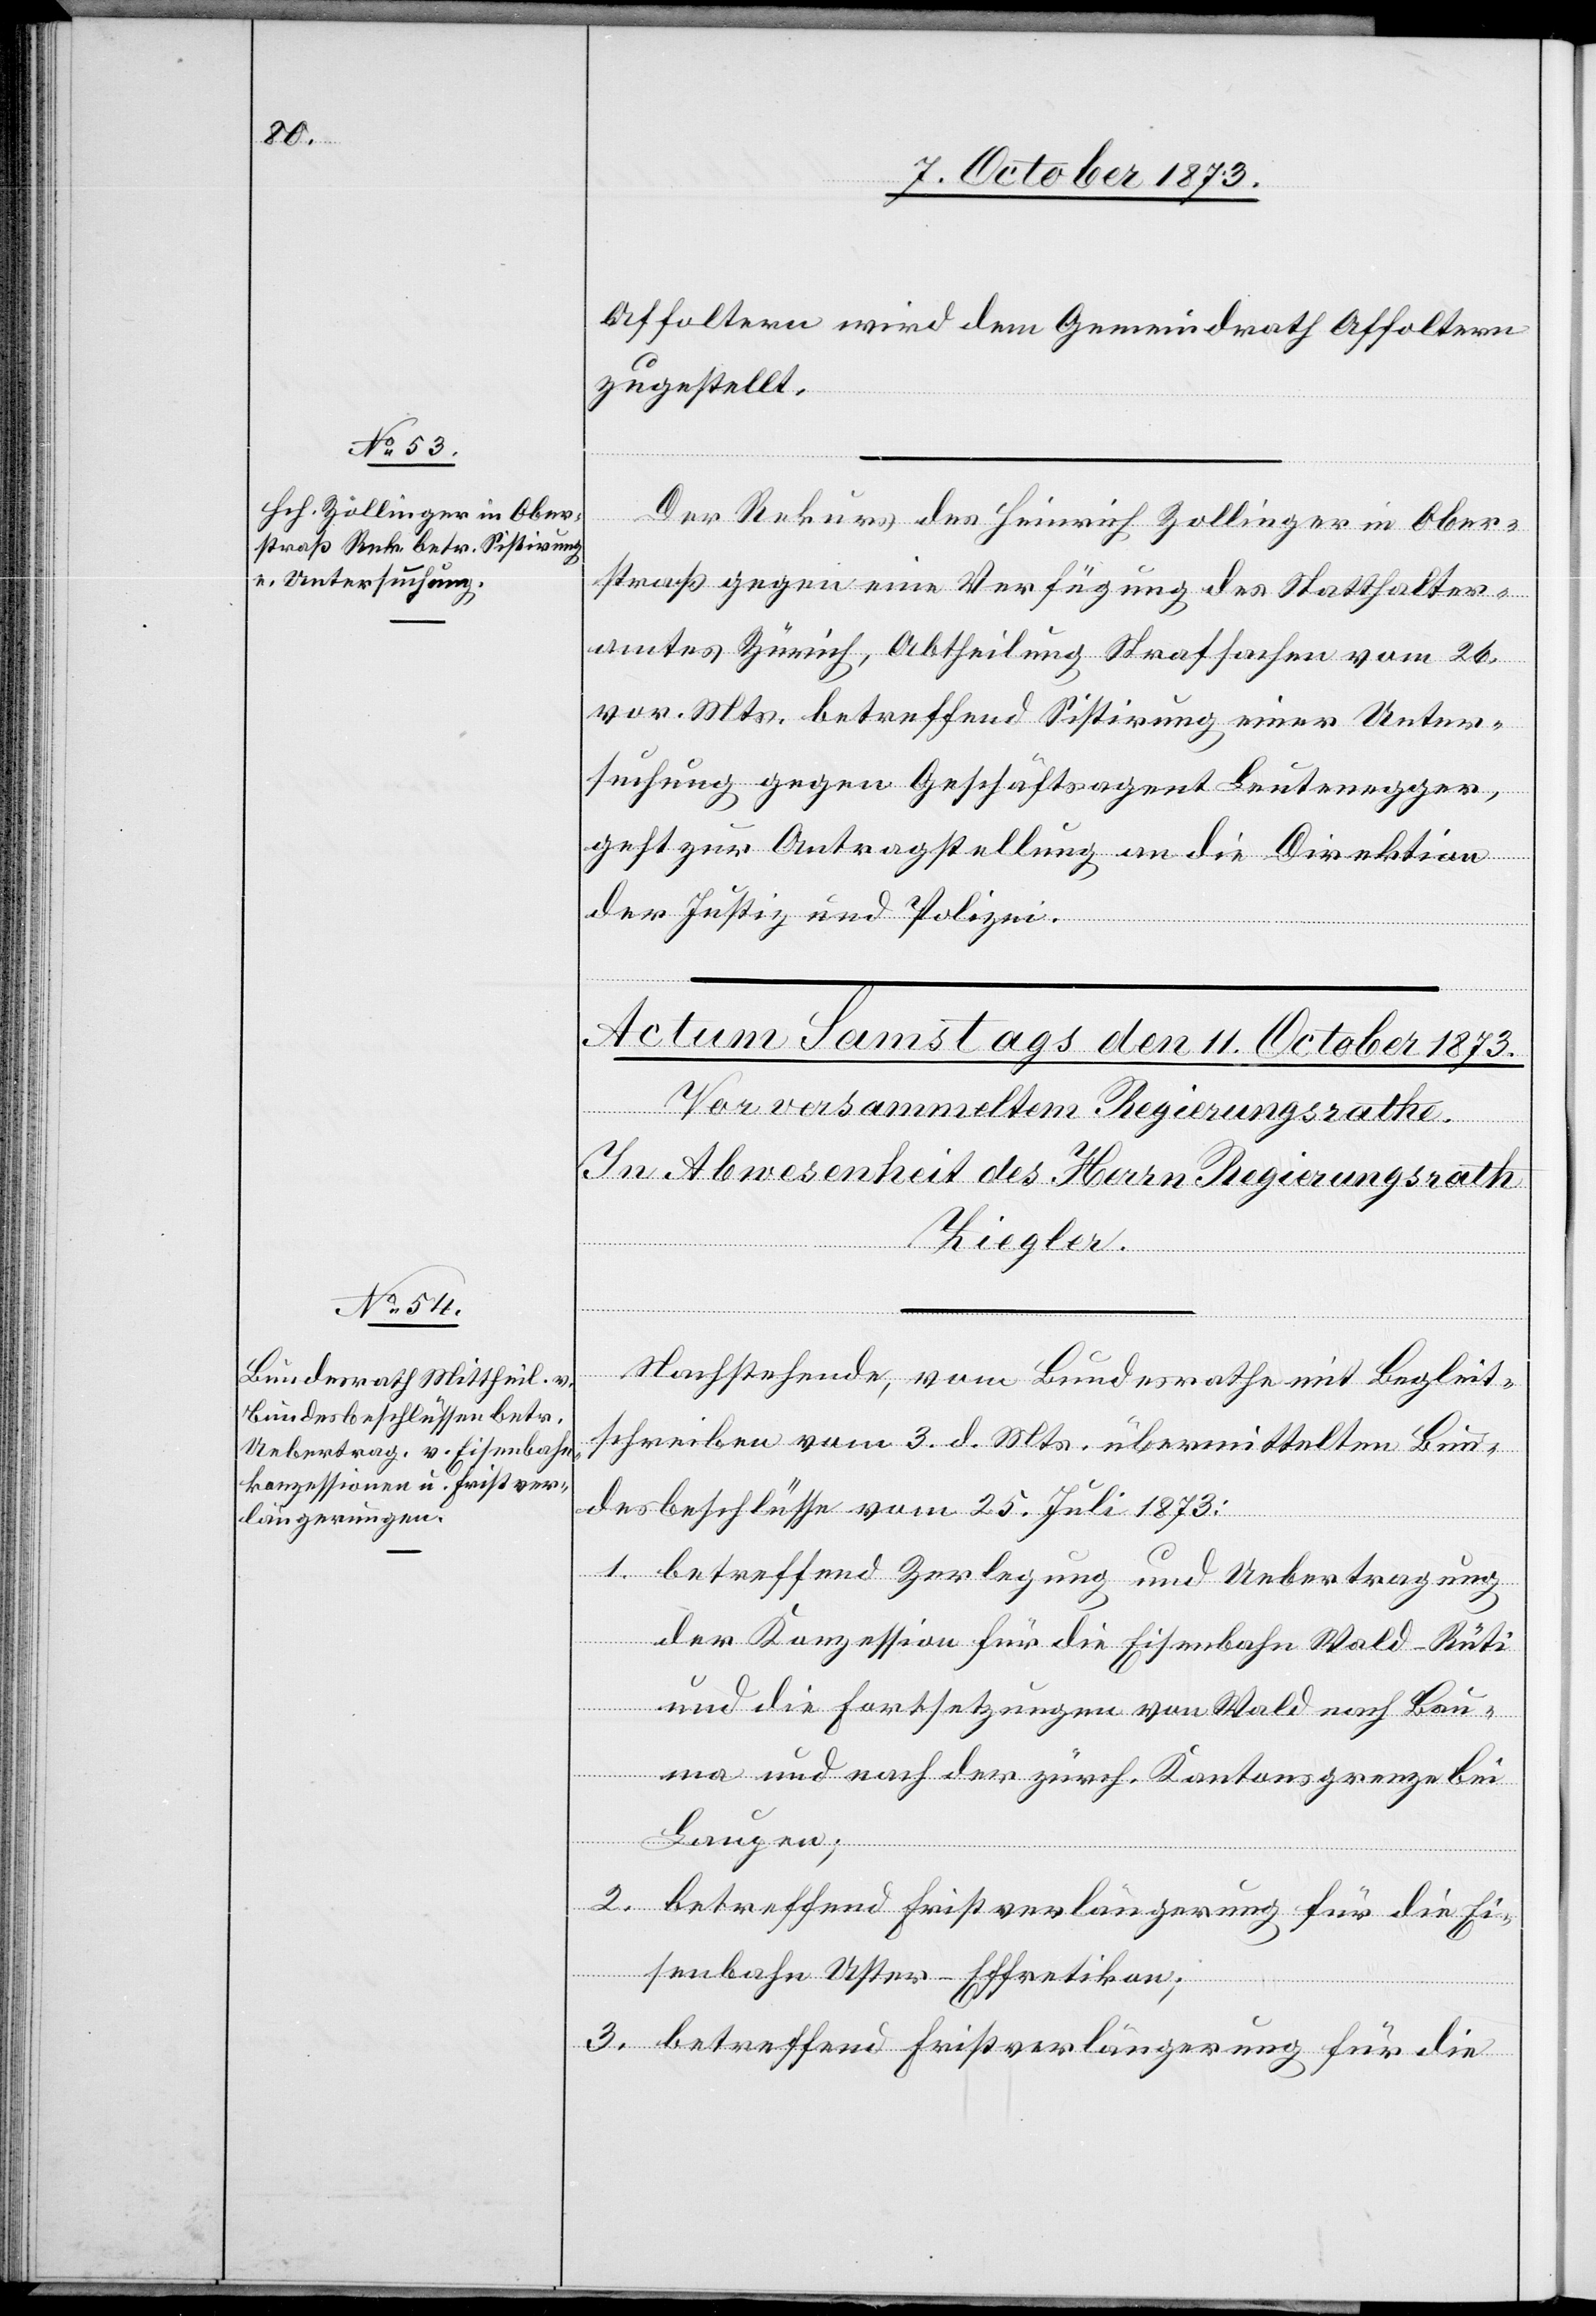
10. October 1873.]
Affoltern wird dem Gemeindrath Affoltern
zugestellt.
Der Rekurs des Heinrich Zollinger in Ober¬
straß gegen eine Verfügung des Statthalter¬
amtes Zürich, Abtheilung Strafsachen vom 26.
vor. Mts. betreffend Sistirung einer Unter¬
suchung gegen Geschäftsagent Leutenegger,
geht zur Antragstellung an die Direktion
der Justiz und Polizei.
Nachstehende, vom Bundesrathe mit Begleit¬
schreiben vom 3. d. Mts. übermittelten Bun¬
desbeschlüsse vom 25. Juli 1873:
1. betreffend Zerlegung und Uebertragung
der Konzession für die Eisenbahn Wald–Rüti
und die Fortsetzungen von Wald nach Bau¬
ma und nach der zürch. Kantonsgrenze bei
Laupen;
2. betreffend Fristverlängerung für die Ei¬
senbahn Uster–Effretikon;
3. betreffend Fristverlängerung für die